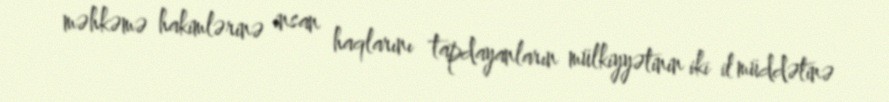
məhkəmə hakimlərinə insan haqlarını tapdayanların mülkiyyətinin iki il müddətinə